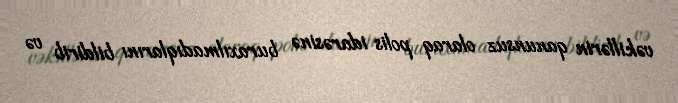
vəkillərin qanunsuz olaraq polis idarəsinə buraxılmadıqlarını bildirib və